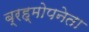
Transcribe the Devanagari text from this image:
ब्रह्मोपनेता